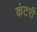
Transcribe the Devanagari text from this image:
कंटरी